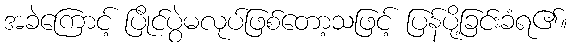
အခဲကြောင့် ပြိုင်ပွဲမလုပ်ဖြစ်တော့သဖြင့် ပြန်ပို့ခြင်းခံရ၏။